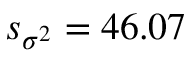
s _ { \sigma ^ { 2 } } = 4 6 . 0 7